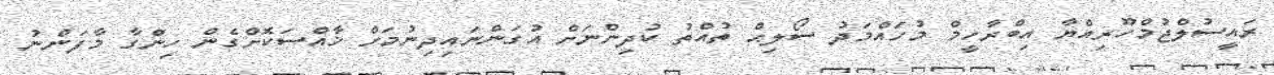
ރައީސުލްޖުމްހޫރިއްޔާ އިބްރާހީމް މުހައްމަދު ސޯލިޙް ތުއްތު ކުދިންނަށް އުގަންނައިދިނުމަށް ޚާއްސަކޮށްގެން ހިންގާ މާފަންނު